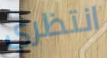
انتظري